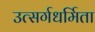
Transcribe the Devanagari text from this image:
उत्सर्गधर्मिता